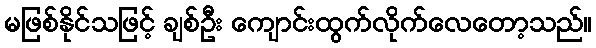
မဖြစ်နိုင်သဖြင့် ချစ်ဦး ကျောင်းထွက်လိုက်လေတော့သည်။